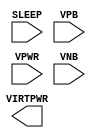
module sky130_fd_sc_lp__sleep_pargate_plv (
    //# {{power|Power}}
    input  SLEEP  ,
    output VIRTPWR,
    input  VPB    ,
    input  VPWR   ,
    input  VNB
);
endmodule